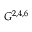
G ^ { 2 , 4 , 6 }